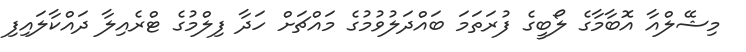
މިޝޭލްއާ އޮބާމާގެ ލޯބީގެ ފުރަތަމަ ބައްދަލުވުމުގެ މައްޗަށް ހަދާ ފިލްމުގެ ޓްރެއިލާ ދައްކާލައިފި